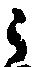
之